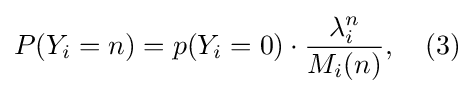
P(Y_{i}=n)=p(Y_{i}=0)\cdot {\frac {\lambda _{i}^{n}}{M_{i}(n)}},\quad (3)